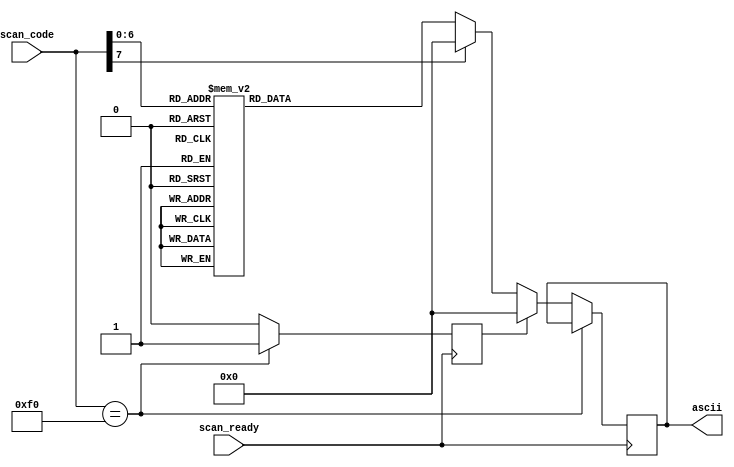
module ascii (
    input scan_ready,
    input [7:0] scan_code,
    output [7:0] ascii
);

    // @todo: shift, alt etc
    
    reg [7:0] r_ascii;
    assign ascii = r_ascii;
    
    reg keyup = 0;


    always @(posedge scan_ready) begin
       
        if (scan_code == 8'hf0) begin
            keyup <= 1;
        end else begin
            if (keyup) begin
                keyup <= 0;
                r_ascii <= 8'd0;
            end else 
            case (scan_code)
            
                8'h29: r_ascii <= 8'd32;  // [space]
                
                8'h45: r_ascii <= 8'd48;  // 0
                8'h16: r_ascii <= 8'd49;  // 1
                8'h1e: r_ascii <= 8'd50;  // 2
                8'h26: r_ascii <= 8'd51;  // 3
                8'h25: r_ascii <= 8'd52;  // 4
                8'h2e: r_ascii <= 8'd53;  // 5
                8'h36: r_ascii <= 8'd54;  // 6
                8'h3d: r_ascii <= 8'd55;  // 7
                8'h3e: r_ascii <= 8'd56;  // 8
                8'h46: r_ascii <= 8'd57;  // 9
                
                8'h1c: r_ascii <= 8'd97;  // a
                8'h32: r_ascii <= 8'd98;  // b
                8'h21: r_ascii <= 8'd99;  // c
                8'h23: r_ascii <= 8'd100; // d
                8'h24: r_ascii <= 8'd101; // e
                8'h2b: r_ascii <= 8'd102; // f
                8'h34: r_ascii <= 8'd103; // g
                8'h33: r_ascii <= 8'd104; // h
                8'h43: r_ascii <= 8'd105; // i
                8'h3b: r_ascii <= 8'd106; // j
                8'h42: r_ascii <= 8'd107; // k
                8'h4b: r_ascii <= 8'd108; // l
                8'h3a: r_ascii <= 8'd109; // m
                8'h31: r_ascii <= 8'd110; // n
                8'h44: r_ascii <= 8'd111; // o
                8'h4d: r_ascii <= 8'd112; // p
                8'h15: r_ascii <= 8'd113; // q
                8'h2d: r_ascii <= 8'd114; // r
                8'h1b: r_ascii <= 8'd115; // s
                8'h2c: r_ascii <= 8'd116; // t
                8'h3c: r_ascii <= 8'd117; // u
                8'h2a: r_ascii <= 8'd118; // v
                8'h1d: r_ascii <= 8'd119; // w
                8'h22: r_ascii <= 8'd120; // x
                8'h35: r_ascii <= 8'd121; // y
                8'h1a: r_ascii <= 8'd122; // z
                
                default: r_ascii <= 8'd0; // nothing
            endcase
        end

    end
    
endmodule